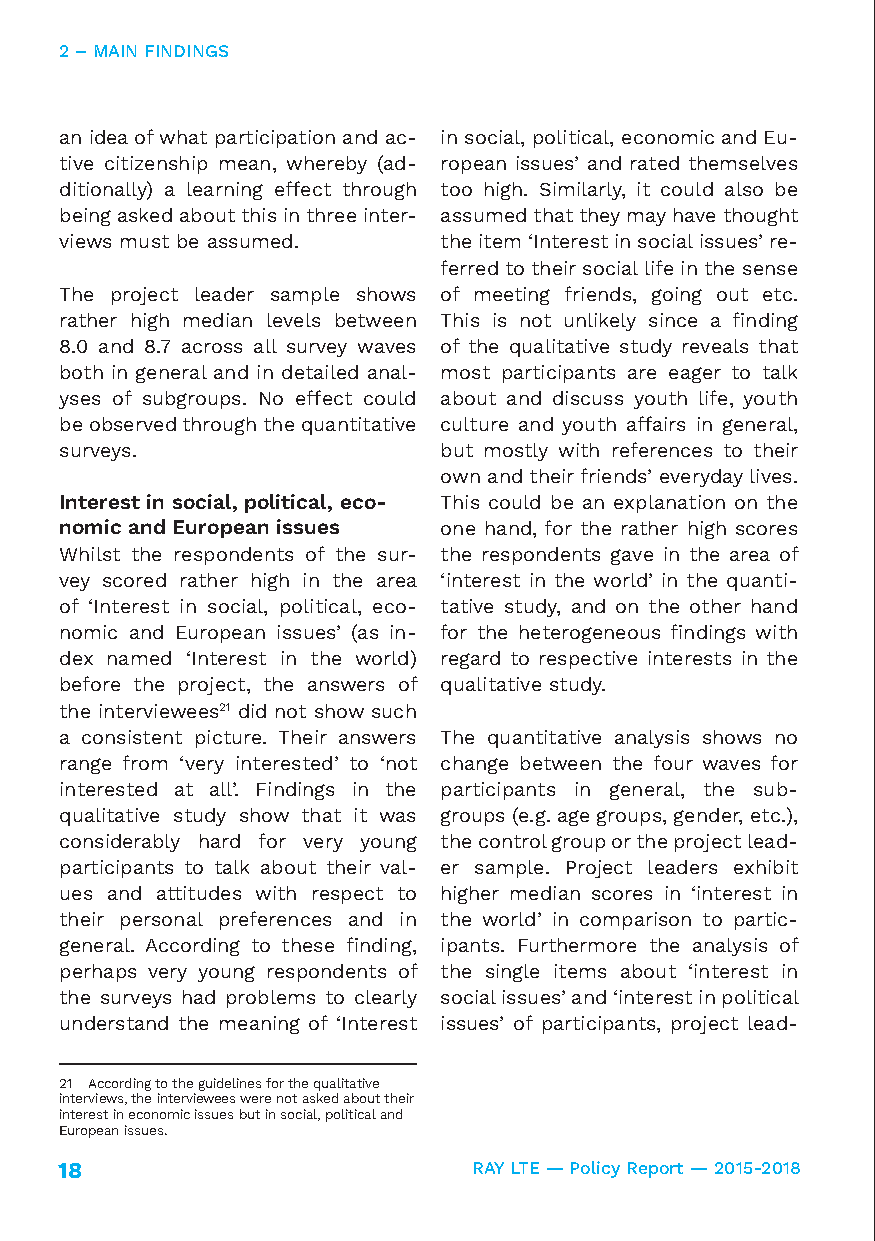
2 – MAIN FINDINGS
 an idea of what participation and ac- in social, political, economic and Eu-
 tive citizenship mean, whereby (ad- ropean issues’ and rated themselves
 ditionally) a learning effect through too high. Similarly, it could also be
 being asked about this in three inter- assumed that they may have thought
 views must be assumed.   the item ‘Interest in social issues’ re-
 ferred to their social life in the sense
 The project leader sample shows of meeting friends, going out etc.
 rather high median levels between This is not unlikely since a finding
 8.0 and 8.7 across all survey waves of the qualitative study reveals that
 both in general and in detailed anal- most participants are eager to talk
 yses of subgroups. No effect could about and discuss youth life, youth
 be observed through the quantitative culture and youth affairs in general,
 surveys.                 but mostly with references to their
 own and their friends’ everyday lives.
 Interest in social, political, eco- This could be an explanation on the
 nomic and European issues one hand, for the rather high scores
 Whilst the respondents of the sur- the respondents gave in the area of
 vey scored rather high in the area ‘interest in the world’ in the quanti-
 of ‘Interest in social, political, eco- tative study, and on the other hand
 nomic and European issues’ (as in- for the heterogeneous findings with
 dex named ‘Interest in the world) regard to respective interests in the
 before the project, the answers of qualitative study.
 the interviewees21 did not show such
 a consistent picture. Their answers The quantitative analysis shows no
 range from ‘very interested’ to ‘not change between the four waves for
 interested at all’. Findings in the participants in general, the sub-
 qualitative study show that it was groups (e.g. age groups, gender, etc.),
 considerably hard for very young the control group or the project lead-
 participants to talk about their val- er sample. Project leaders exhibit
 ues and attitudes with respect to higher median scores in ‘interest in
 their personal preferences and in the world’ in comparison to partic-
 general. According to these finding, ipants. Furthermore the analysis of
 perhaps very young respondents of the single items about ‘interest in
 the surveys had problems to clearly social issues’ and ‘interest in political
 understand the meaning of ‘Interest issues’ of participants, project lead-
 21 According to the guidelines for the qualitative
 interviews, the interviewees were not asked about their
 interest in economic issues but in social, political and
 European issues.
 18                         RAY LTE — Policy Report — 2015-2018